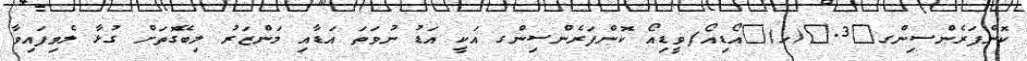
ކޮންފަރެންސިންގ	3.	(ހ)	އޯޑިއޯ/ވީޑިއޯ ކޮންފަރެންސިންގ އަކީ އަޑު ނުވަތަ އަޑާއި މަންޒަރު ލިބޭގޮތަށް ގުޅާ ލެވިފައިވާ